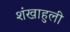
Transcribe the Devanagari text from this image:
शंखाहुली